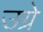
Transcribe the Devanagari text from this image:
उग्रे